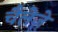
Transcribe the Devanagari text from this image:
चैलेज़े